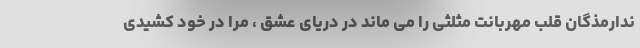
ندارمذگان قلب مهربانت مثلثی را می ماند در دریای عشق ، مرا در خود کشیدی